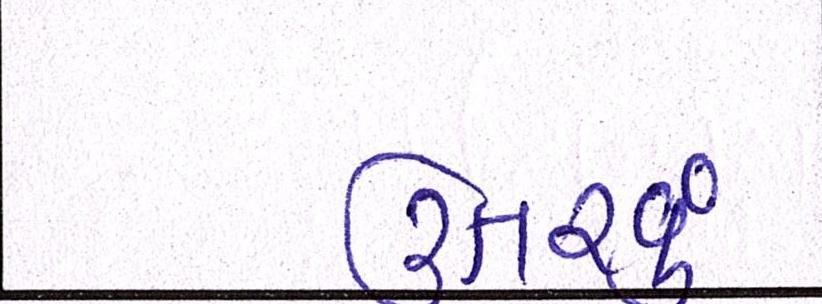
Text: ઉતરવું